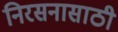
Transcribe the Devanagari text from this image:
निरसनासाठी